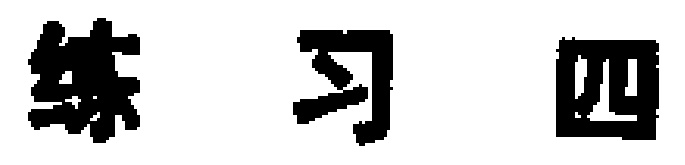
练习四